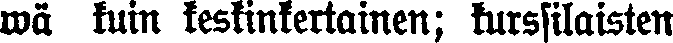
wä kuin keskinkertainen; kurssilaisten